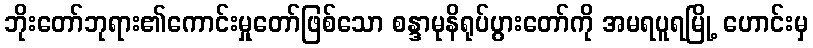
ဘိုးတော်ဘုရား၏ကောင်းမှုတော်ဖြစ်သော စန္ဒာမုနိရုပ်ပွားတော်ကို အမရပူရမြို့ ဟောင်းမှ